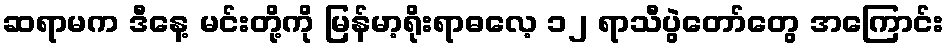
ဆရာမက ဒီနေ့ မင်းတို့ကို မြန်မာ့ရိုးရာဓလေ့ ၁၂ ရာသီပွဲတော်တွေ အကြောင်း